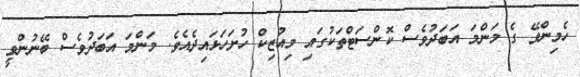
ހެމިންވޭ ގެ މަންމަ އަބަދުވެސް ކޮންސަޓްތަކުގައި މިއުޒިކް ހުށަހަޅައިދެއެވެ. މަންމަ އަބަދުވެސް ބޭނުންވީ